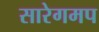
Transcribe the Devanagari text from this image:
सारेगमप